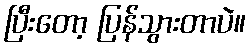
ပြီးတော့ ပြန်သွားတာပဲ။